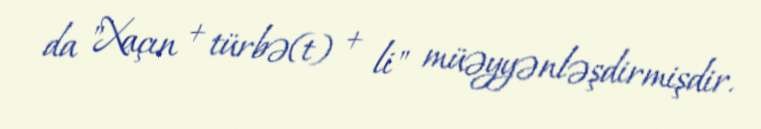
da "Xaçın + türbə(t) + li" müəyyənləşdirmişdir.